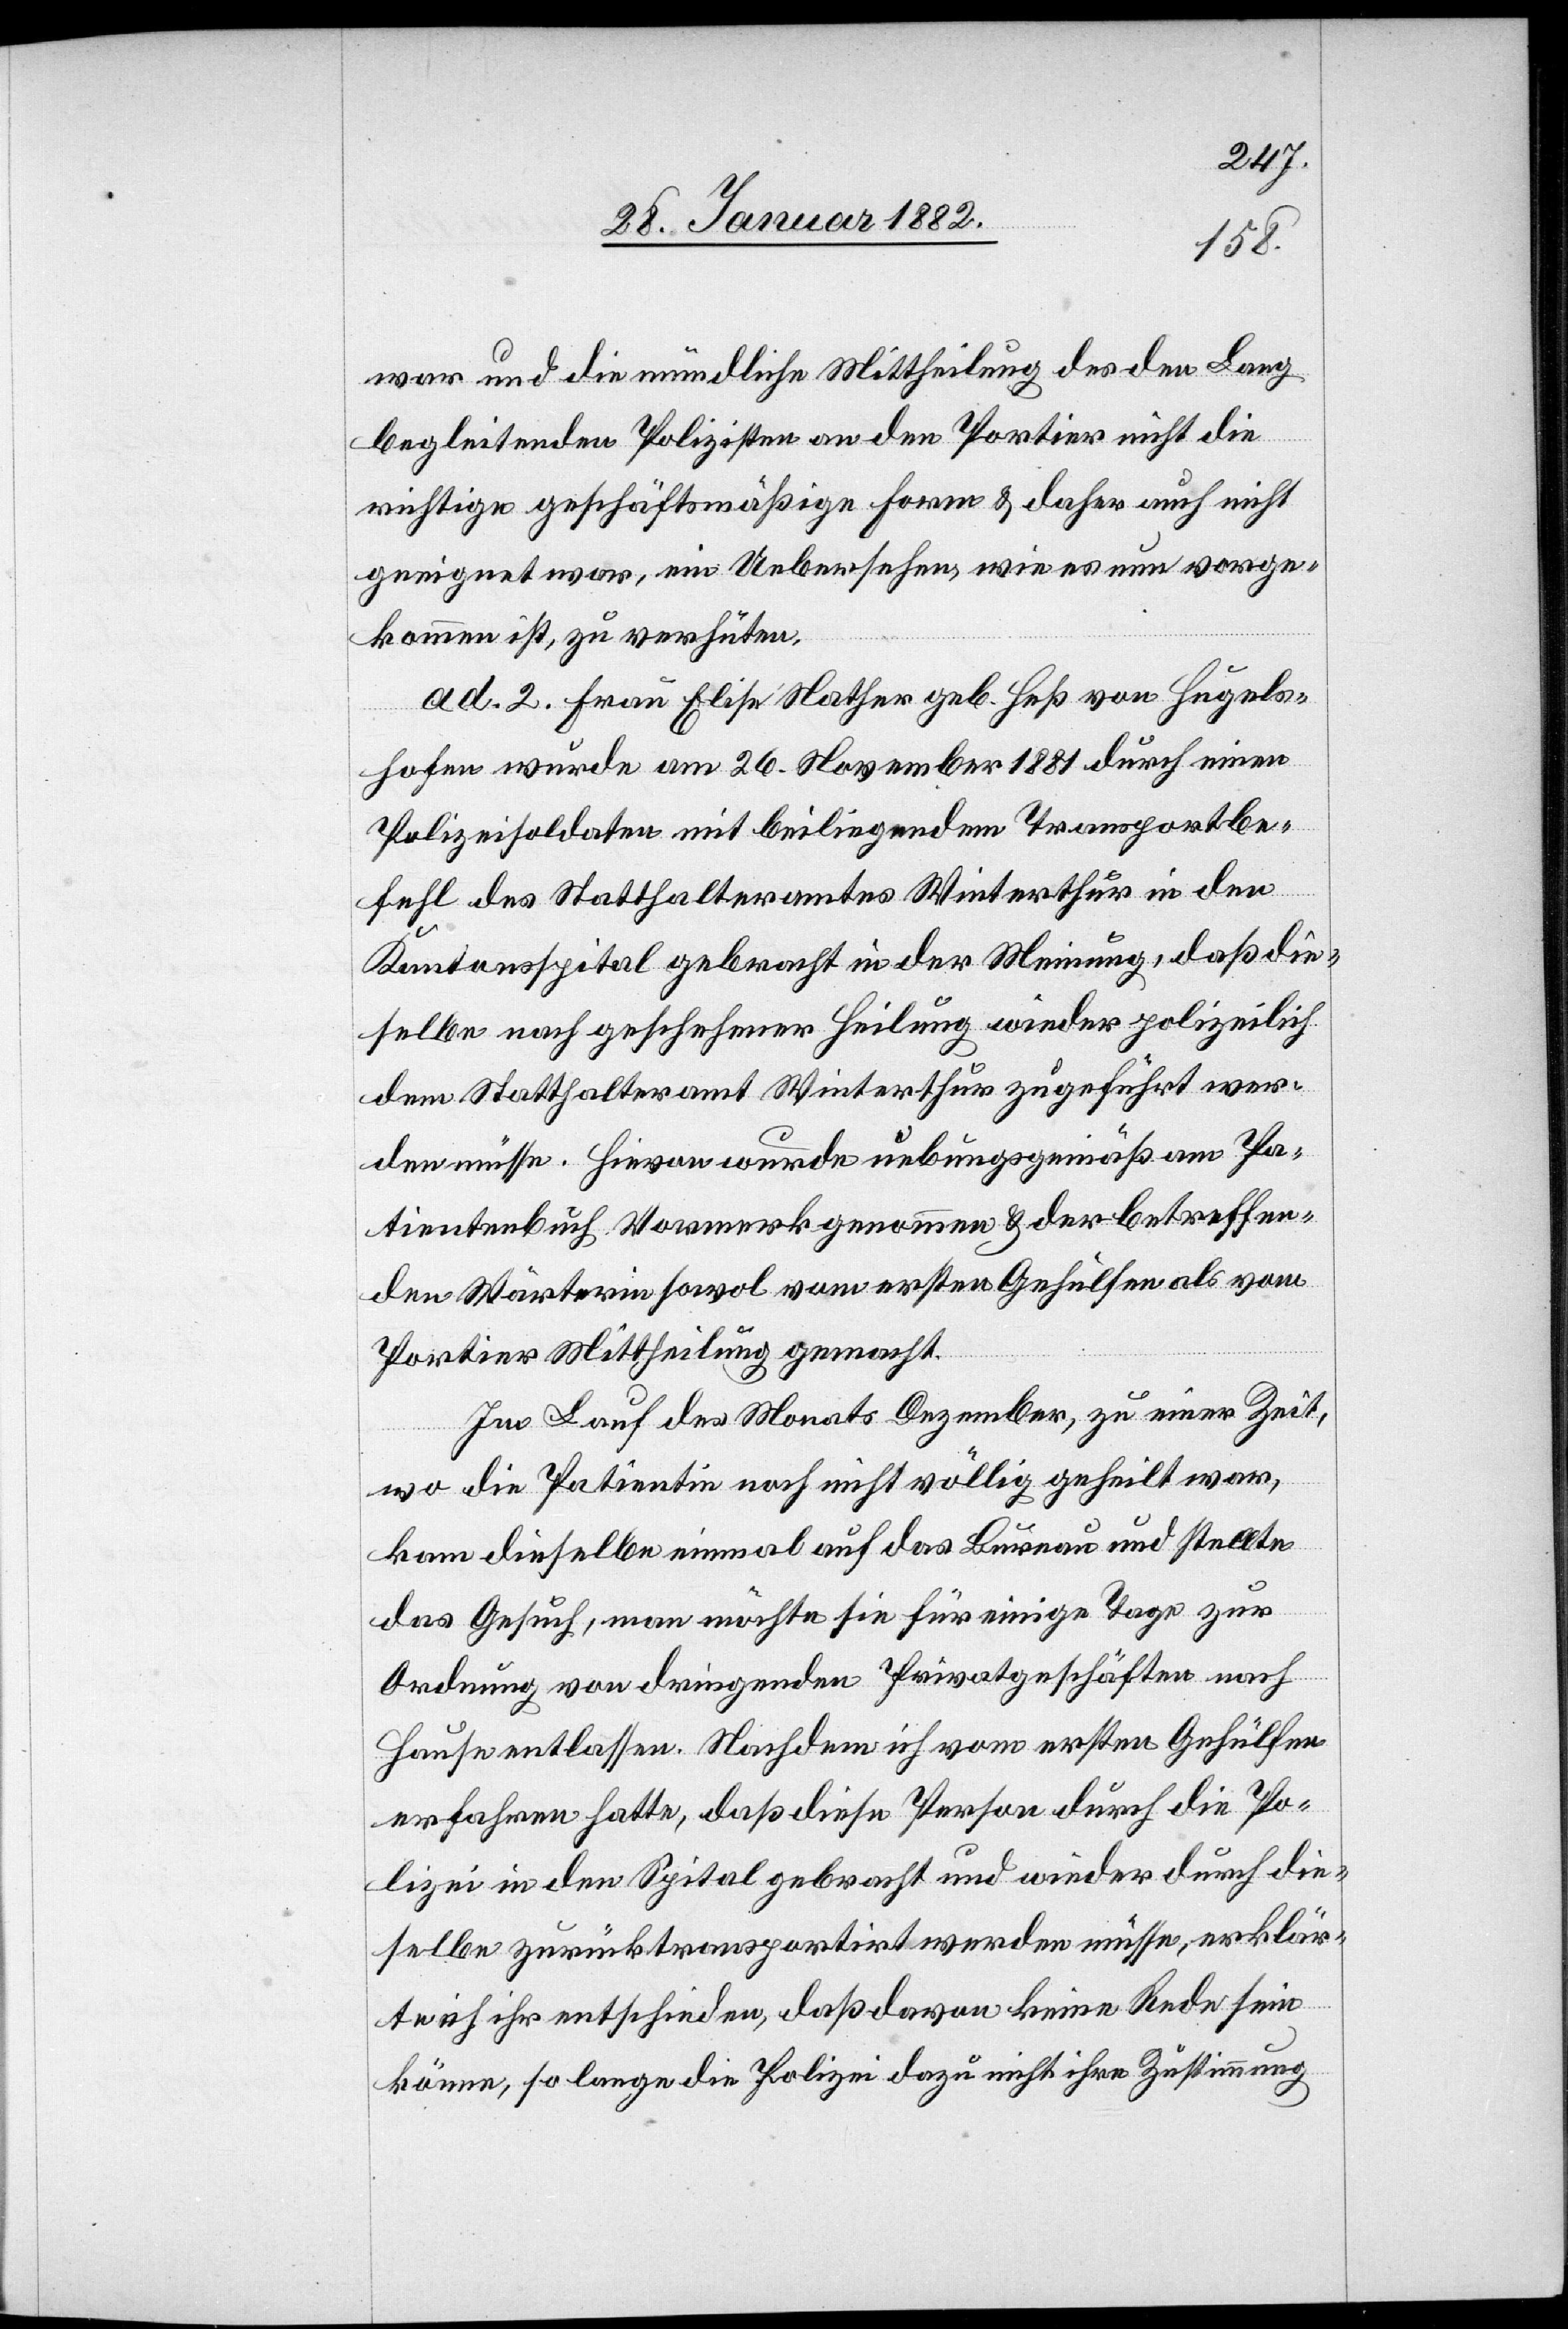
war und die mündliche Mittheilung des den Lang
begleitenden Polizisten an den Portier nicht die
richtige geschäftsmäßige Form & daher auch nicht
geeignet war, ein Uebersehen, wie es nun vorge¬
kommen ist, zu verhüten.
ad. 2. Frau Elise Nather geb. Heß von Hegels¬
hofen wurde am 26. November 1881 durch einen
Polizeisoldaten mit beiliegendem Transportbe¬
fehl des Statthalteramtes Winterthur in den
Kantonsspital gebracht in der Meinung, daß die¬
selbe nach geschehener Heilung wieder polizeilich
dem Statthalteramt Winterthur zugeführt wer¬
den müsse. Hievon wurde uebungsgemäß im Pa¬
tientenbuch Vormerk genommen & der betreffen¬
den Wärterin sowol vom ersten Gehülfen als vom
Portier Mittheilung gemacht.
Im Lauf des Monats Dezember, zu einer Zeit,
wo die Patientin noch nicht völlig geheilt war,
kam dieselbe einmal auf das Bureau und stellte
das Gesuch, man möchte sie für einige Tage zur
Ordnung von dringenden Privatgeschäften nach
Hause entlassen. Nachdem ich vom ersten Gehülfen
erfahren hatte, daß diese Person durch die Po¬
lizei in den Spital gebracht und wieder durch die¬
selbe zurücktransportirt werden müsse, erklär¬
te ich ihr entschieden, daß davon keine Rede sein
könne, so lange die Polizei dazu nicht ihre Zustimmung